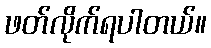
ဖတ်လိုက်ရပါတယ်။